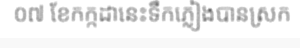
០៧ ខែកក្កដានេះទឹកភ្លៀងបានស្រក